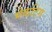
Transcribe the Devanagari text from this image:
मेकटिग